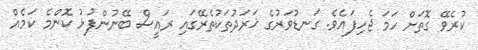
ކުރެވޭ ގޮތަށް ހަމަ ޖެހިފައެވެ. ގަނޑުވަރުގެ ޚަރަދުތަކުތެރޭގައި ރައީސް ބޭނުންފުޅު ކޮންމެ ކަމެއް